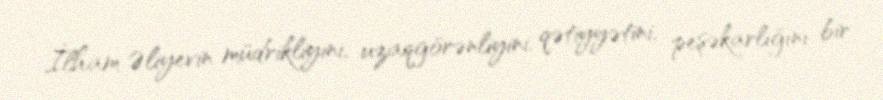
İlham Əliyevin müdrikliyini, uzaqgörənliyini, qətiyyətini, peşəkarlığını bir